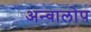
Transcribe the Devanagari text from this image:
अन्वालोप